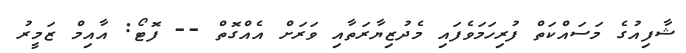
ޝާފިއުގެ މަސައްކަތް ފުރިހަމަވެފައި މެދުޒިޔާރަތާއި ވަރަށް އެއްގޮތް -- ފޮޓޯ: އާއިމް ޒަމީރު